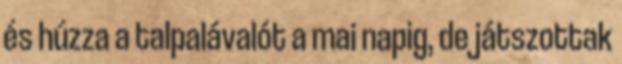
és húzza a talpalávalót a mai napig, de játszottak